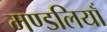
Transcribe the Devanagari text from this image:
मण्डलियाँ